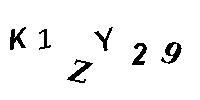
K1ZY29